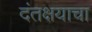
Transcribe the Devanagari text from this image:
दंतक्षयाचा